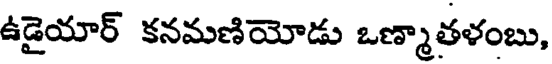
ఉడైయార్ కనమణియోడు ఒణ్మాతళంబు,